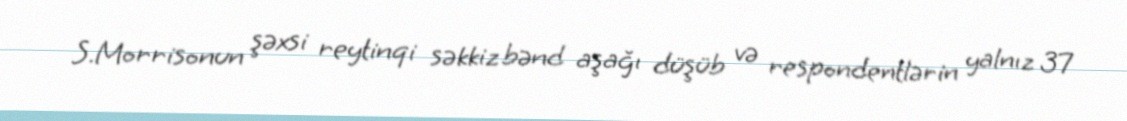
S.Morrisonun şəxsi reytinqi səkkiz bənd aşağı düşüb və respondentlərin yalnız 37